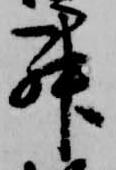
昇